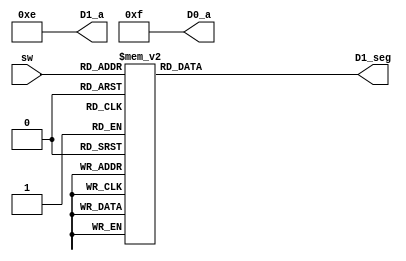
module hexEncode(input [3:0] sw, output reg [7:0] D1_seg, output [3:0] D1_a, D0_a);
    always @(sw) begin
        case(sw)
            4'b0000 : D1_seg = 8'b11000000; // 0
            4'b0001 : D1_seg = 8'b11111001; // 1
            4'b0010 : D1_seg = 8'b10100100; // 2
            4'b0011 : D1_seg = 8'b10110000; // 3
            4'b0100 : D1_seg = 8'b10011001; // 4
            4'b0101 : D1_seg = 8'b10010010; // 5
            4'b0110 : D1_seg = 8'b10000010; // 6 
            4'b0111 : D1_seg = 8'b11111000; // 7
            4'b1000 : D1_seg = 8'b10000000; // 8
            4'b1001 : D1_seg = 8'b10010000; // 9
            4'b1010 : D1_seg = 8'b10001000; // 10
            4'b1011 : D1_seg = 8'b10000011; // 11
            4'b1100 : D1_seg = 8'b11000110; // 12
            4'b1101 : D1_seg = 8'b10100001; // 13
            4'b1110 : D1_seg = 8'b10000110; // 14
            4'b1111 : D1_seg = 8'b10001110; // 15
        endcase
    end

    assign D1_a = {1'b1, 1'b1, 1'b1, 1'b0};
    assign D0_a = {1'b1, 1'b1, 1'b1, 1'b1};

endmodule